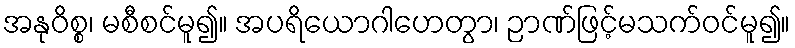
အနုဝိစ္စ၊ မစီစင်မူ၍။ အပရိယောဂါဟေတွာ၊ ဉာဏ်ဖြင့်မသက်ဝင်မူ၍။